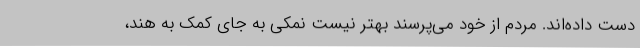
دست داده‌اند. مردم از خود می‌پرسند بهتر نیست نمکی به جای کمک به هند،